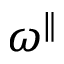
\omega ^ { \parallel }